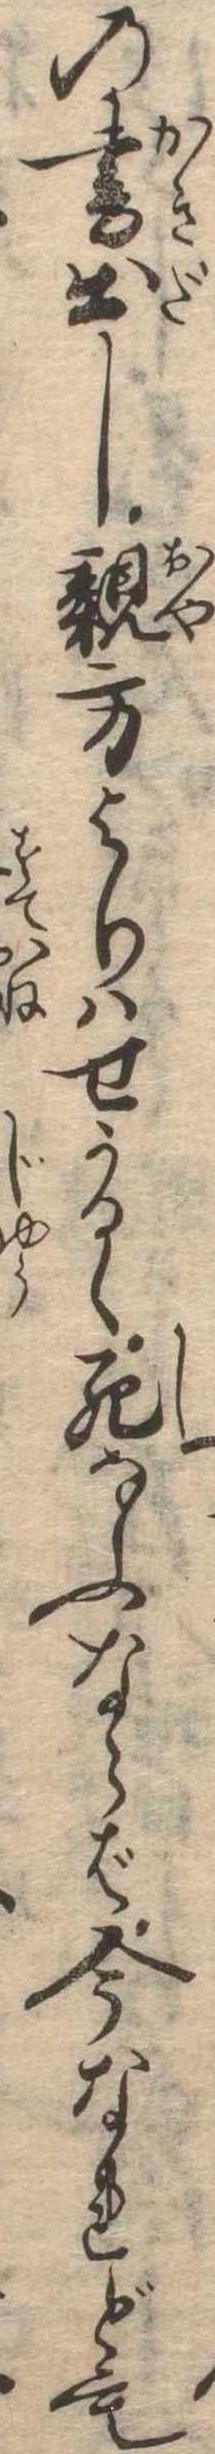
の書出し親方よりはせかるゝ死なふならば今なれども